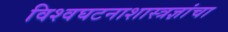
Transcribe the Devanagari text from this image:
विश्वघटनाशास्त्रज्ञांचा